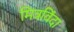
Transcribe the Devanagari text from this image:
मित्रविंदा